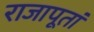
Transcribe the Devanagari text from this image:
राजापूतां